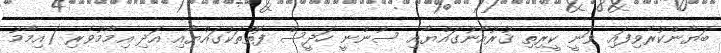
ބަޔާންކުރެވިފައި ވަނީ ކީރިތި ޤުރުއާނުގައްޔާއި ސުންނީ ހަދީސް ފޮތްތަކުގައްޔާއި އަދި އިމާމުވެރި (އިމާމު